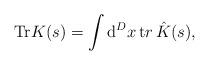
LaTeX: \begin{align*}{\mathrm{Tr}} K (s) =\int {\mathrm d}^D x \, {\mathrm tr}\, \hat{K} (s),\end{align*}